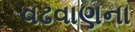
વઢવાણના